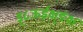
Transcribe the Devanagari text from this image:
ड्८ऊईक्ष़्ङंक्ष